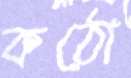
কঠো